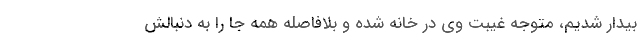
بیدار شدیم، متوجه غیبت وی در خانه شده و بلافاصله همه جا را به دنبالش